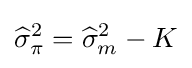
{\widehat {\sigma }}_{\pi }^{2}={\widehat {\sigma }}_{m}^{2}-K